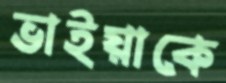
ভাইয়াকে